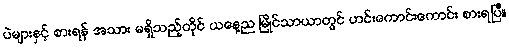
ပဲများနှင့် စားရန် အသား မရှိသည့်တိုင် ယနေ့ည မြိုင်သာယာတွင် ဟင်းကောင်းကောင်း စားရပြီ။